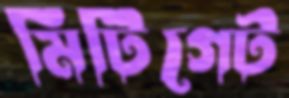
মিটিগেট